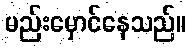
မည်းမှောင်နေသည်။